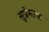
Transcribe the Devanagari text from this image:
सुप्रेमाचा